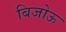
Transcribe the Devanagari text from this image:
बिजोऊ